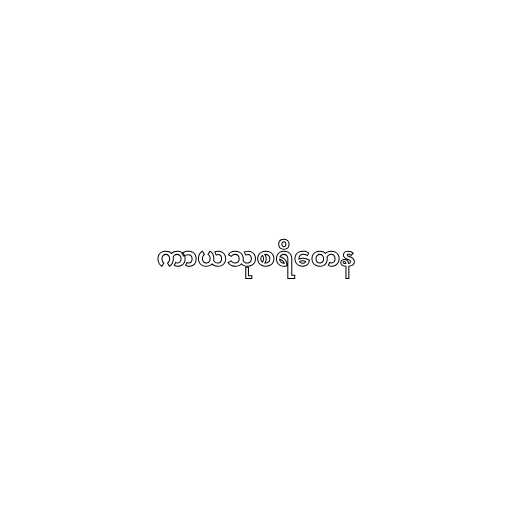
ကာယသုစရိတေန